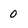
Character: 0